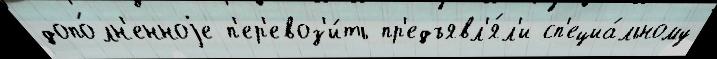
допо́лн'енноjе п'ер'евоз'и́ть пр'едъявл'я́л'и сп'ециа́льному